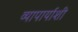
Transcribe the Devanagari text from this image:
व्यापार्याशी